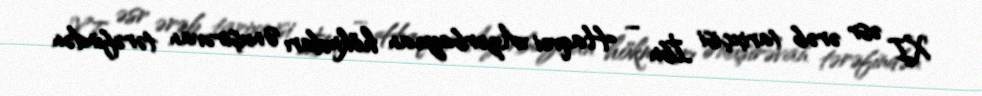
XI əsr ərəb tarixçisi İbn – Haqvei Azərbaycan hökmdarı Ənuşirəvan tərəfindən